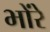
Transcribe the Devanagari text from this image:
भोंरे